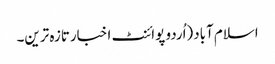
اسلام آباد(اُردو پوائنٹ اخبارتازہ ترین۔